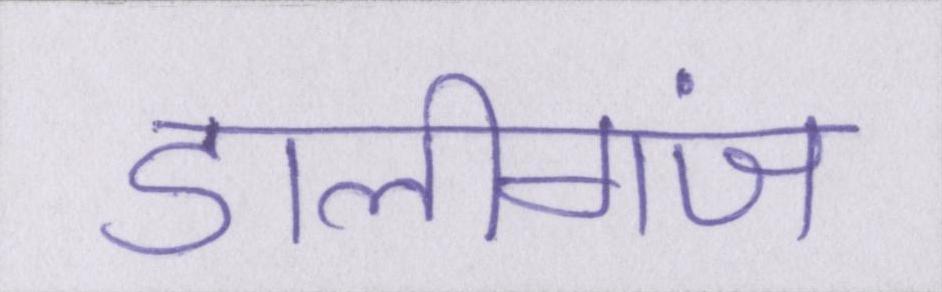
डालीगंज